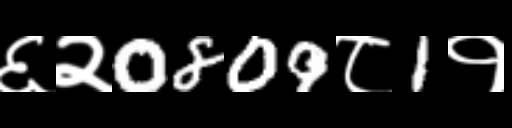
Text: ६२0809८1१